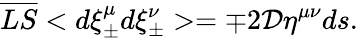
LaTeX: \overline{{{LS}}}<d\xi_{\pm}^{\mu}d\xi_{\pm}^{\nu}>=\mp 2{\cal D}\eta^{\mu\nu}ds.